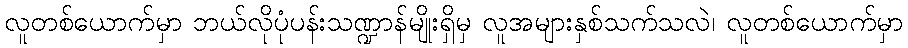
လူတစ်ယောက်မှာ ဘယ်လိုပုံပန်းသဏ္ဍာန်မျိုးရှိမှ လူအများနှစ်သက်သလဲ၊ လူတစ်ယောက်မှာ